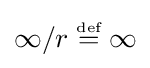
\infty /r\;{\stackrel {\scriptscriptstyle {\text{def}}}{=}}\;\infty